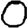
Digit: 0